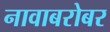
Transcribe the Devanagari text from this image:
नावाबरोबर